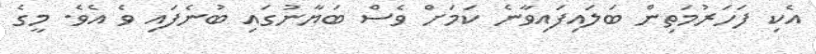
އެކި ފަހަރުމަތިން ބަލައިފައިވާނެ ކަމަށް ވެސް ބަޔާނުގައި ބުނެފައި ވެ އެވެ. މީގެ